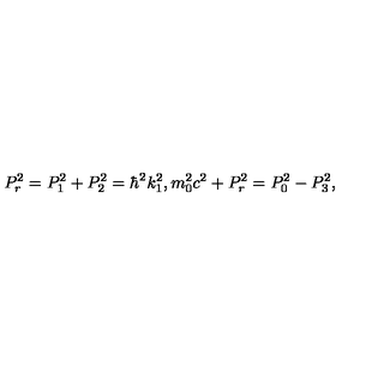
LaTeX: P _ { r } ^ { 2 } = P _ { 1 } ^ { 2 } + P _ { 2 } ^ { 2 } = \hbar ^ { 2 } k _ { 1 } ^ { 2 } , m _ { 0 } ^ { 2 } c ^ { 2 } + P _ { r } ^ { 2 } = P _ { 0 } ^ { 2 } - P _ { 3 } ^ { 2 } ,